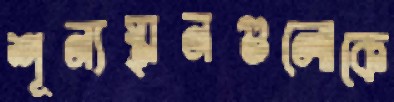
শূন্যস্থানগুলোকে